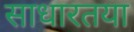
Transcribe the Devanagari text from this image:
साधारतया